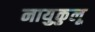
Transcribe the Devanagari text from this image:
नायुकुलू